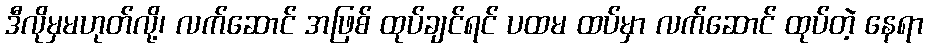
ဒီလိုမှမဟုတ်လို့၊ လက်ဆောင် အဖြစ် ထုပ်ချင်ရင် ပထမ ထပ်မှာ လက်ဆောင် ထုပ်တဲ့ နေရာ